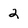
Character: 2